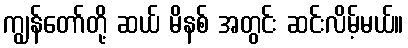
ကျွန်တော်တို့ ဆယ် မိနစ် အတွင်း ဆင်းလိမ့်မယ်။